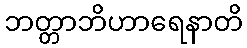
ဘတ္တာဘိဟာရေနာတိ